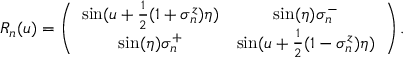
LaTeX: R _ { n } ( u ) = \left( \begin{array} { c c c c } { { \sin ( u + \frac { 1 } { 2 } ( 1 + \sigma _ { n } ^ { z } ) \eta ) } } & { { \sin ( \eta ) \sigma _ { n } ^ { - } } } \\ { { \sin ( \eta ) \sigma _ { n } ^ { + } } } & { { \sin ( u + \frac { 1 } { 2 } ( 1 - \sigma _ { n } ^ { z } ) \eta ) } } \end{array} \right) .